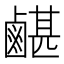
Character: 𪉯